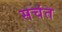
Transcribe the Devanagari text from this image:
सचंत